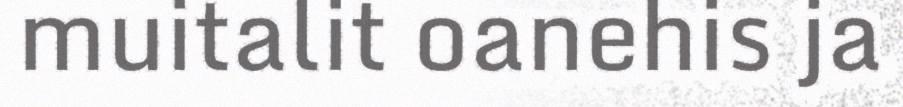
muitalit oanehis ja